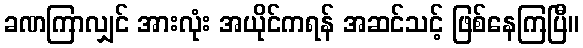
ခဏကြာလျှင် အားလုံး အယိုင်ကရန် အဆင်သင့် ဖြစ်နေကြပြီ။